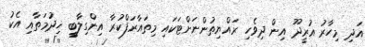
އަދި މިހާރު އުރީދޫ އިން ދިވެހި ރައްޔިތުންނަށްޓަކައި މިތައާރަފްކުރާ އިންގިލާބީ ޚިދުމަތާއި އެކު